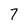
Character: 7